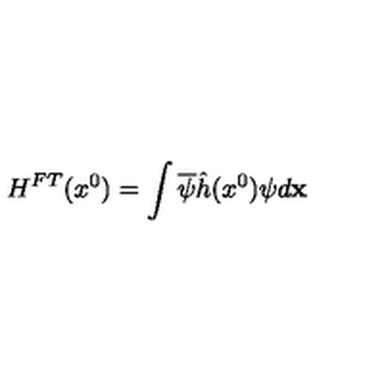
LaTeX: H ^ { F T } ( x ^ { 0 } ) = \int \overline { { \psi } } \hat { h } ( x ^ { 0 } ) \psi d { \bf x }